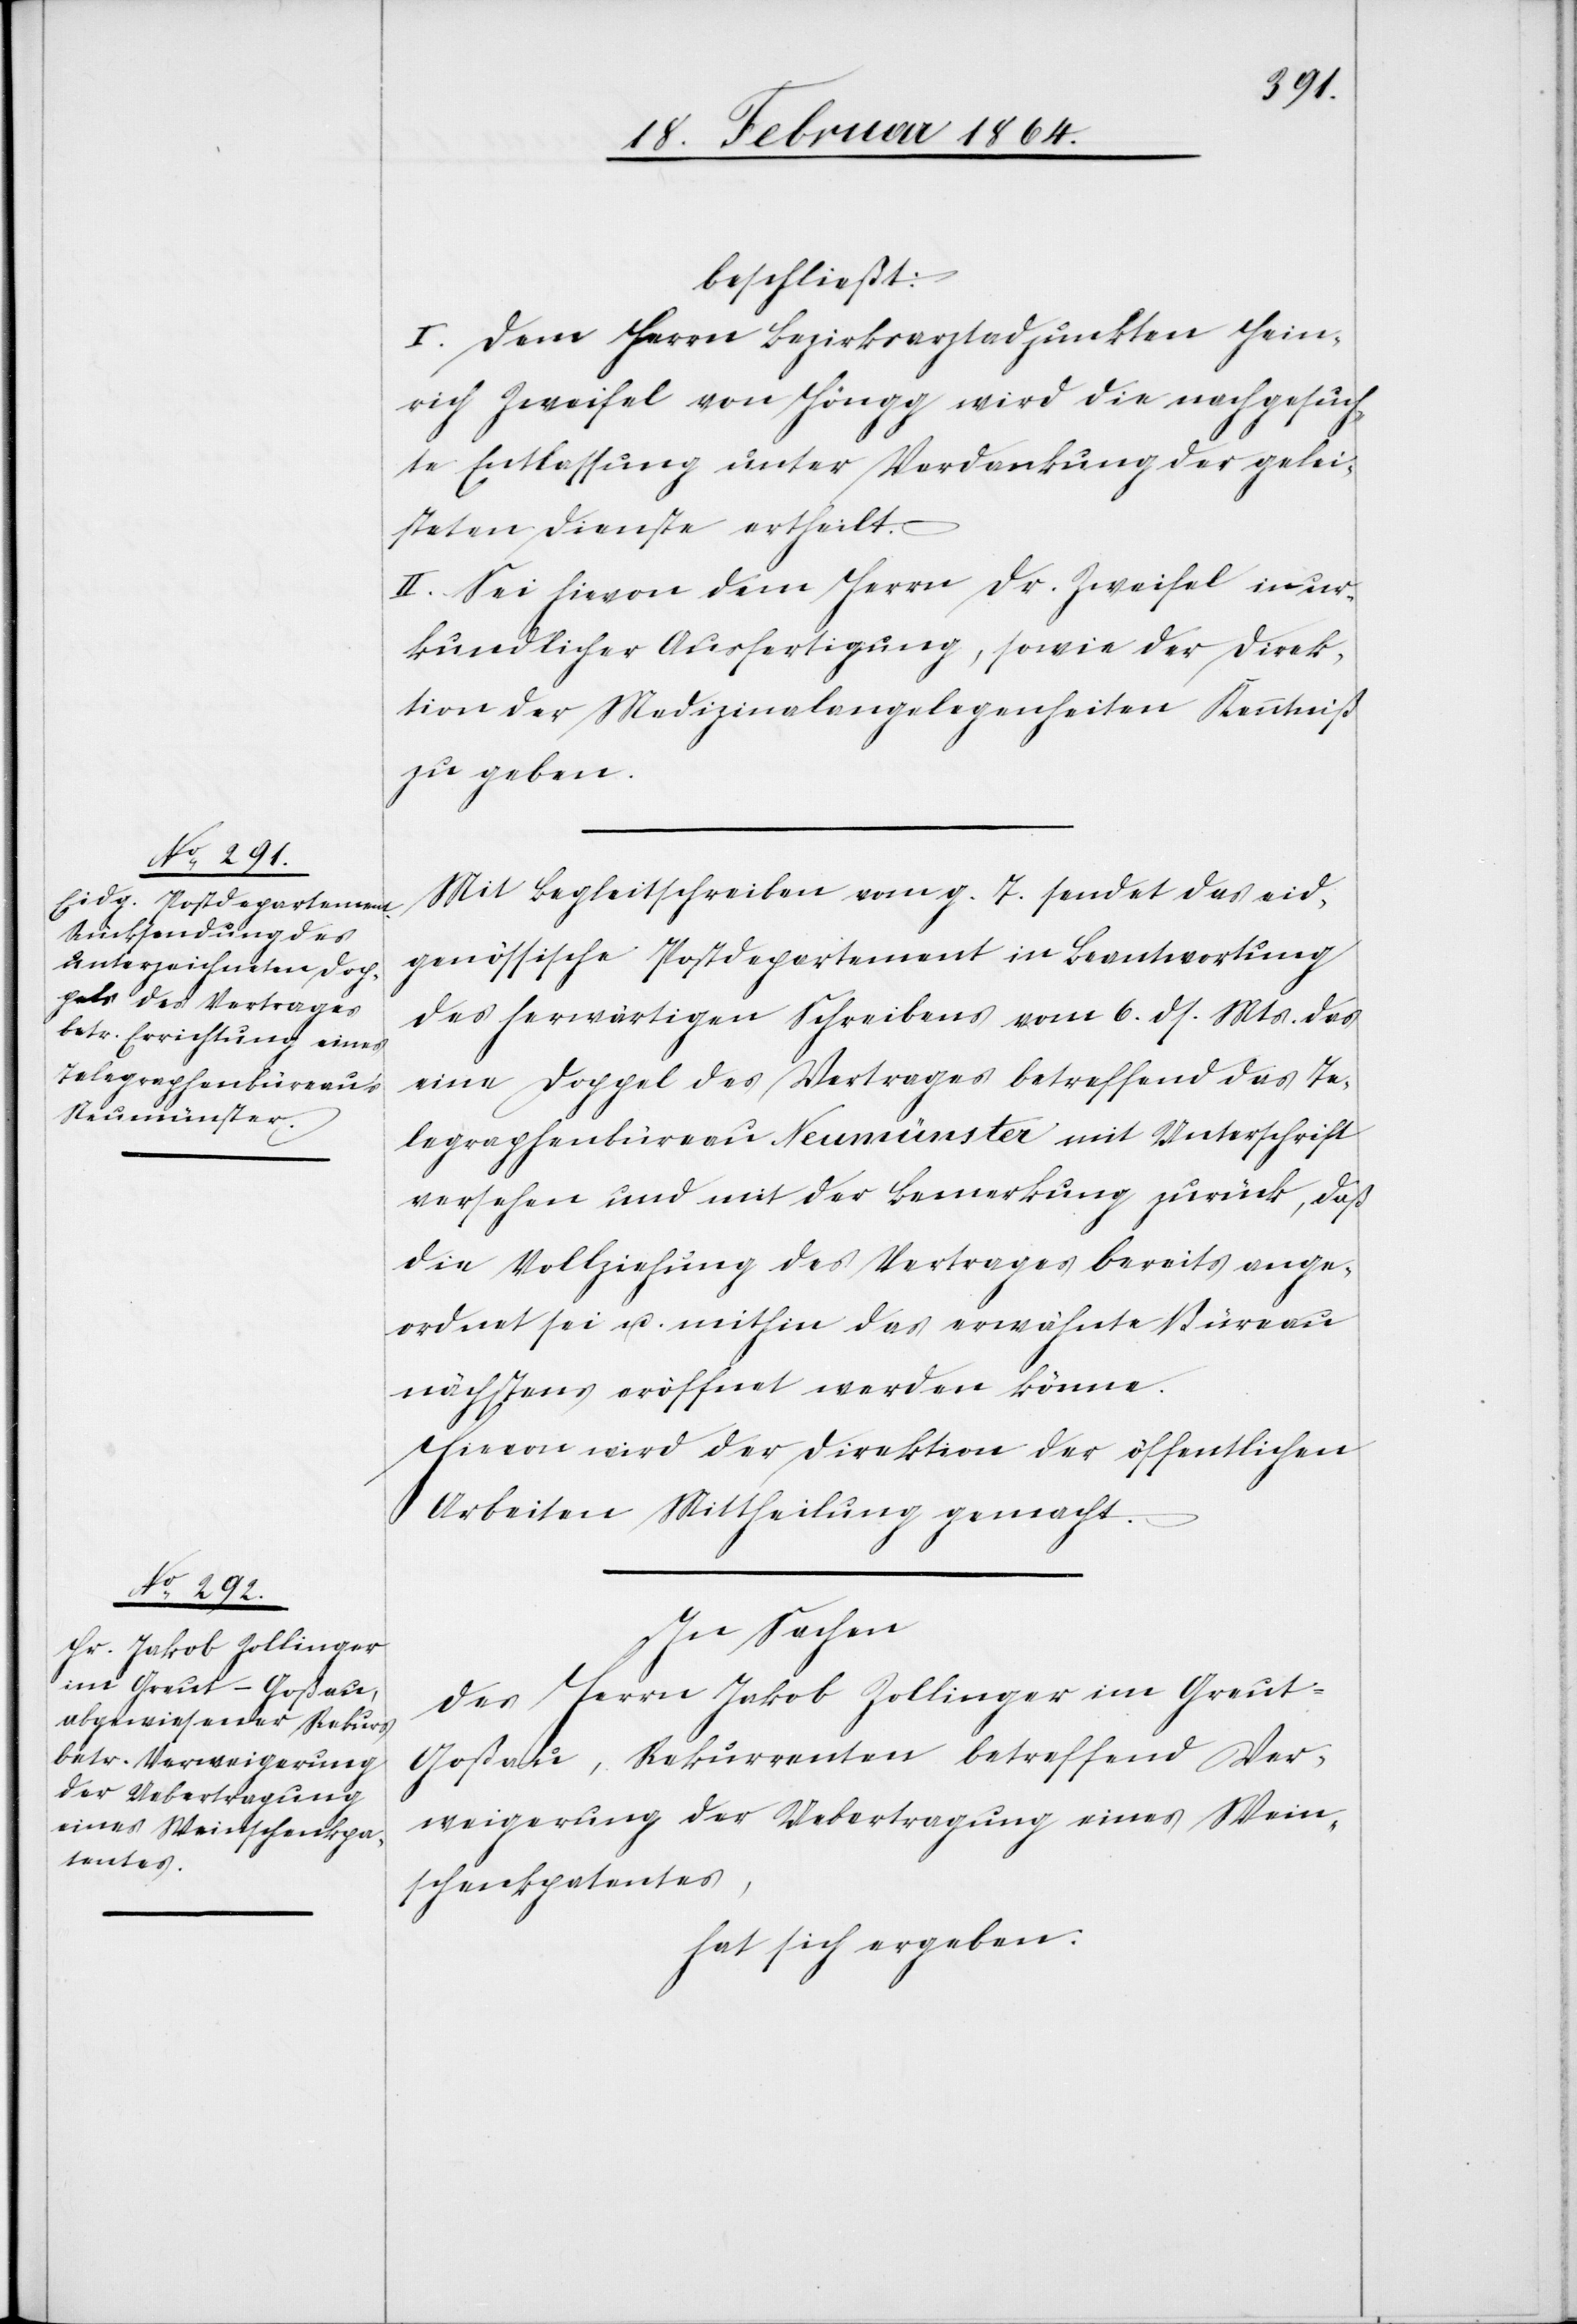
beschließt:
I. Dem Herrn Bezirksarztadjunkten Hein¬
rich Zweifel von Höngg wird die nachgesuch¬
te Entlassung unter Verdankung der gelei¬
steten Dienste ertheilt.
II. Sei hievon dem Herrn Dr. Zweifel in ur¬
kundlicher Ausfertigung, sowie der Direk¬
tion der Medizinalangelegenheiten Kenntniß
zu geben.
Mit Begleitschreiben vom g. T. sendet das eid¬
genössische Postdepartement in Beantwortung
des herwärtigen Schreibens vom 6. ds. Mts. das
eine Doppel des Vertrages betreffend das Te¬
legraphenbüreau Neumünster mit Unterschrift
versehen und mit der Bemerkung zurück, daß
die Vollziehung des Vertrages bereits ange¬
ordnet sei u. mithin das erwähnte Büreau
nächstens eröffnet werden könne.
Hievon wird der Direktion der öffentlichen
Arbeiten Mittheilung gemacht.
In Sachen
des Herrn Jakob Zollinger im Greut-G¬
oßau, Rekurrenten betreffend Ver¬
weigerung der Uebertragung eines Wein¬
schenkpatentes,
hat sich ergeben: